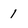
Character: 1